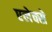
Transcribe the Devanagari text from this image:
एलेक्से